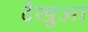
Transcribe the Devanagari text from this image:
देखुआ